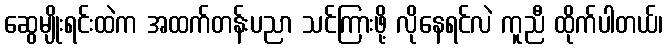
ဆွေမျိုးရင်းထဲက အထက်တန်းပညာ သင်ကြားဖို့ လိုနေရင်လဲ ကူညီ ထိုက်ပါတယ်၊